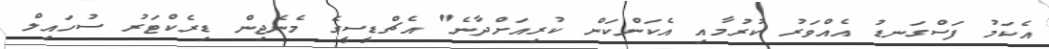
އެކަމު ފަސްގަނޑު އެއްވަރު ކުރުމާއި އެކަންކަން ކުރިއަށްދާނެ" އެޗްޑީސީގެ މެނެޖިން ޑިރެކްޓަރު ސުހައިލް